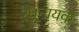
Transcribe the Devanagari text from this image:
रघुनायक